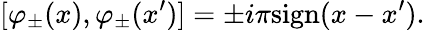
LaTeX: [\varphi_{\pm}(x),\varphi_{\pm}(x^{\prime})]=\pm i\pi\mathrm{sign}(x-x^{\prime}).